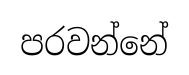
පරවන්නේ